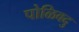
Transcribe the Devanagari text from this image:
पोळिवदु